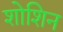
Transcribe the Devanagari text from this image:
शोशिन